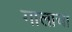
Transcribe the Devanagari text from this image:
गालाचा